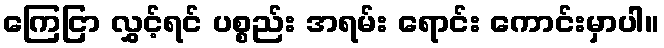
ကြေငြာ လွှင့်ရင် ပစ္စည်း အရမ်း ရောင်း ကောင်းမှာပါ။